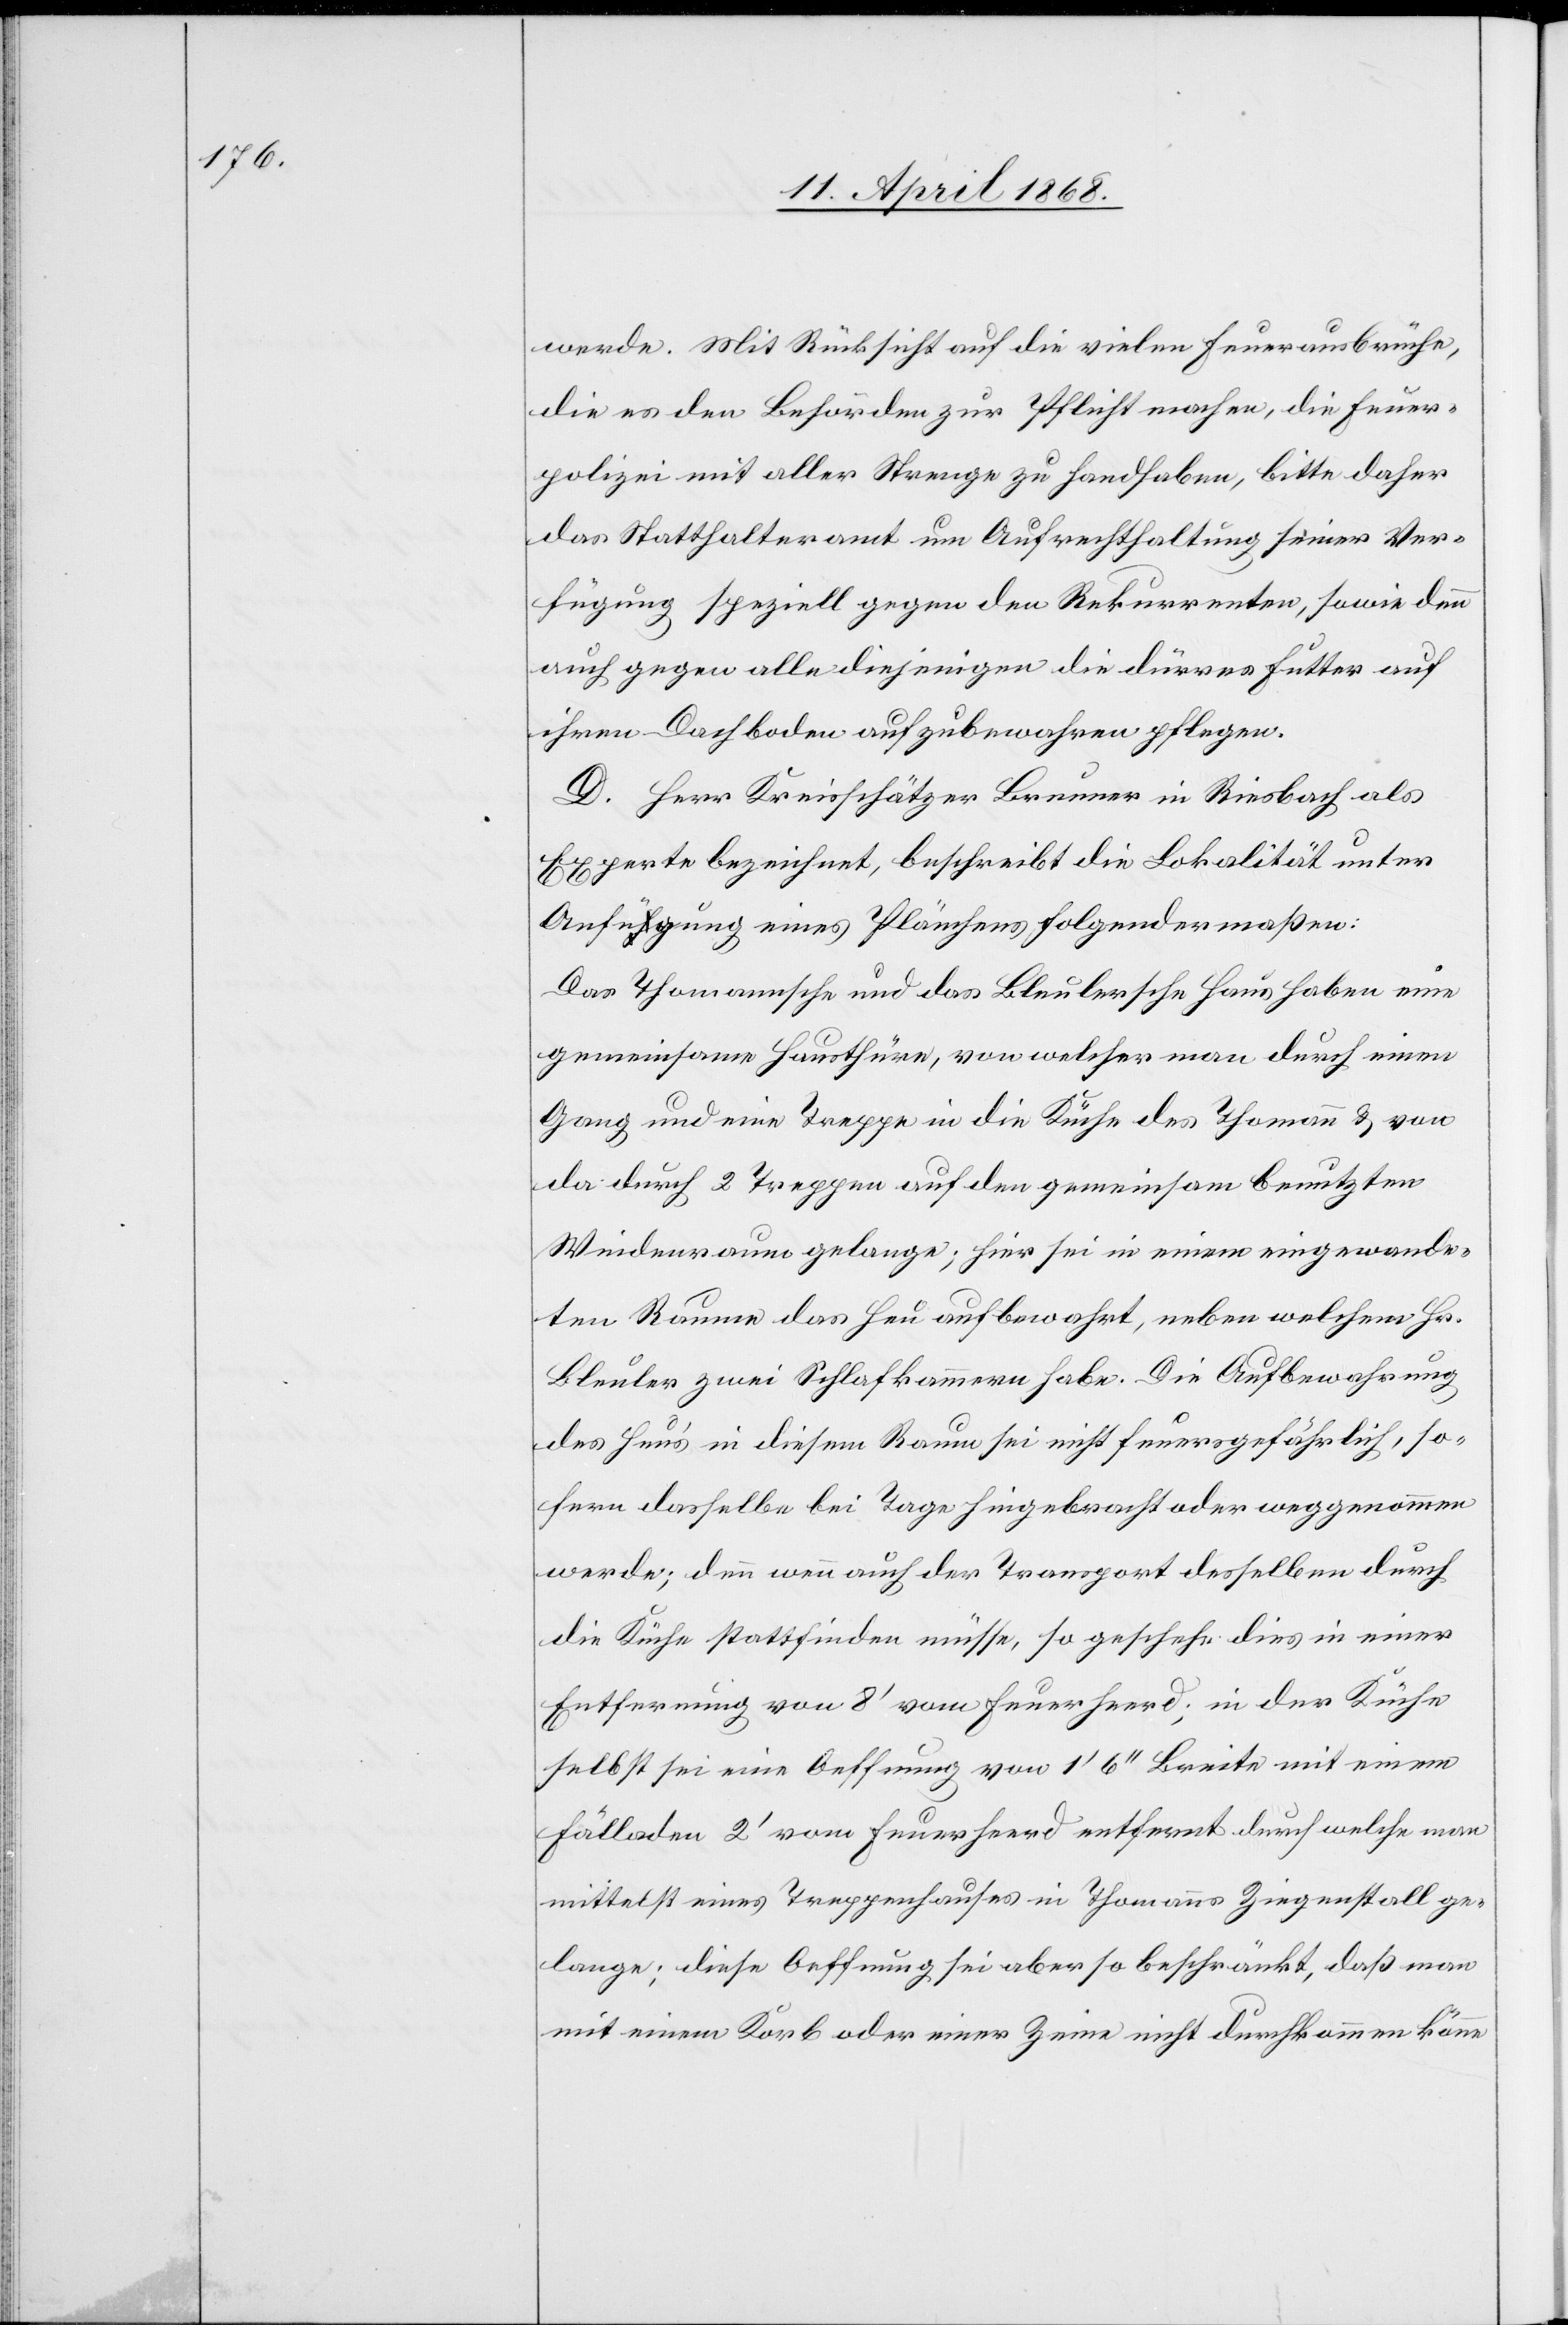
werde. Mit Rücksicht auf die vielen Feuerausbrüche,
die es den Behörden zur Pflicht machen, die Feuer¬
polizei mit aller Strenge zu handhaben, bitte daher
das Statthalteramt um Aufrechthaltung seiner Ver¬
fügung speziell gegen den Rekurrenten, sowie denn
auch gegen alle diejenigen die dürres Futter auf
ihrem Dachboden aufzubewahren pflegen.
D. Herr Kreisschätzer Brunner in Riesbach als
Experte bezeichnet, beschreibt die Lokalität unter
Anfügung eines Plänchens folgendermaßen:
Das Thomannsche und das Bleulersche Haus haben eine
gemeinsame Hausthüre, von welcher man durch einen
Gang und eine Treppe in die Küche des Thomann & von
da durch 2 Treppen auf den gemeinsam benutzten
Windenraum gelange; hier sei in einem eingewande¬
ten Raume das Heu aufbewahrt, neben welchem Hr.
Bleuler zwei Schlafkammern habe. Die Aufbewahrung
des Heu’s in diesem Raum sei nicht feuersgefährlich, so¬
fern dasselbe bei Tage hingebracht oder weggenommen
werde; denn wenn auch der Transport desselben durch
die Küche stattfinden müsse, so geschehe dies in einer
Entfernung von 8‘ vom Feuerheerd; in der Küche
selbst sei eine Oeffnung von 1‘ 6‘‘ Breite mit einem
Fälladen 2‘ vom Feuerheerd entfernt durch welche man
mittelst eines Treppenhauses in Thomanns Ziegenstall ge¬
lange; diese Oeffnung sei aber so beschränkt, daß man
mit einem Korb oder einer Zeine nicht durchkommen könne